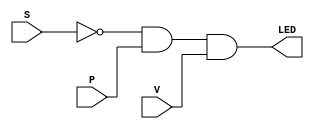
module combinationa_circuit(S,P,V,LED);

    input  S,P,V;
    output LED;


    assign LED = (~S) &  P & V;

endmodule